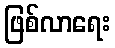
ဖြစ်လာရေး